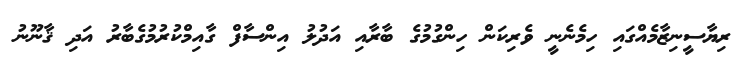
ރިޔާސީނިޒާމެއްގައި ހިމެނެނީ ވެރިކަން ހިންގުމުގެ ބާރާއި އަދުލު އިންސާފް ގާއިމްކުރުމުގެބާރު އަދި ޤާނޫނު